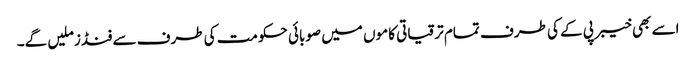
اسے بھی خیبر پی کے کی طرف تمام ترقیاتی کاموں میں صوبائی حکومت کی طرف سے فنڈز ملیں گے۔